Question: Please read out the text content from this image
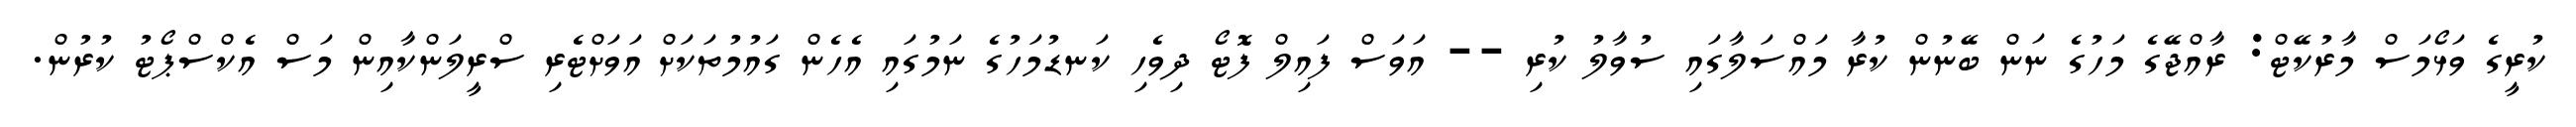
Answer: ކުރީގެ ވަޅޯމަސް މާރުކޭޓް: ރާއްޖޭގެ މަހުގެ ނަން ބޭނުން ކުރާ މައްސަލާގައި ސުވާލު ކުރި -- އަވަސް ފައިލް ފޮޓޯ ދިވެހި ކަނޑުމަހުގެ ނަމުގައި އެހެން ގައުމުތަކަށް އަވަށްޓެރި ސްރީލަންކާއިން މަސް އެކްސްޕޯޓު ކުރުން.